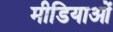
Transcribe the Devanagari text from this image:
मीडियाओं